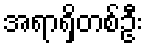
အရာရှိတစ်ဦး